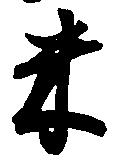
米